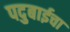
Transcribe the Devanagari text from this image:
पदुबाईचा